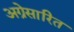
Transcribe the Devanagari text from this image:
अग्रेसारित